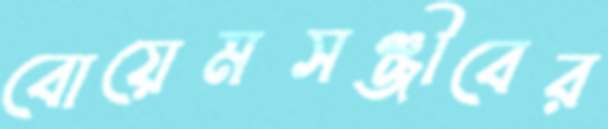
বোয়েমসঞ্জীবের